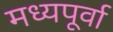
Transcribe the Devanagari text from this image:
मध्यपूर्वा